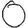
Digit: 0